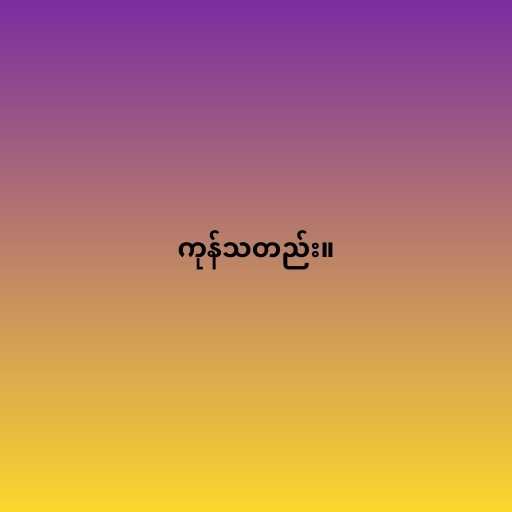
ကုန်သတည်း။